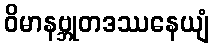
ဝိမာနဗ္ဘုတဒဿနေယျံ